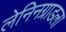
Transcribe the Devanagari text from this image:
लेनिनग्राडला